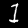
Digit: 1